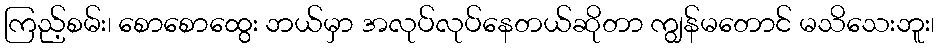
ကြည့်စမ်း၊ စောစောထွေး ဘယ်မှာ အလုပ်လုပ်နေတယ်ဆိုတာ ကျွန်မတောင် မသိသေးဘူး၊